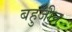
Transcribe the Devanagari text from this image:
बहुजीन